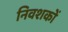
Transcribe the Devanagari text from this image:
निवशकों